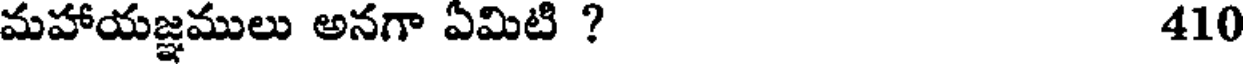
మహాయజ్ఞములు అనగా ఏమిటి ? 410